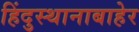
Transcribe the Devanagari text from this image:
हिंदुस्थानाबाहेर